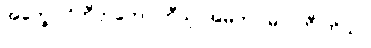
အက္ခော ဝိဘီတကော တီသု၊ အမတာ’မလကီ တိသု။